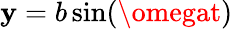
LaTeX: \mathbf{y}=b\sin(\omegat)